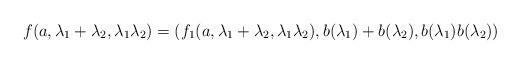
LaTeX: \begin{align*}f(a, \lambda_{1}+\lambda_{2}, \lambda_{1}\lambda_{2})=(f_{1}(a,\lambda_{1}+\lambda_{2}, \lambda_{1}\lambda_{2}), b(\lambda_{1})+b(\lambda_{2}), b(\lambda_{1})b(\lambda_{2}))\end{align*}